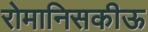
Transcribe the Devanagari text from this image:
रोमानिसकीऊ